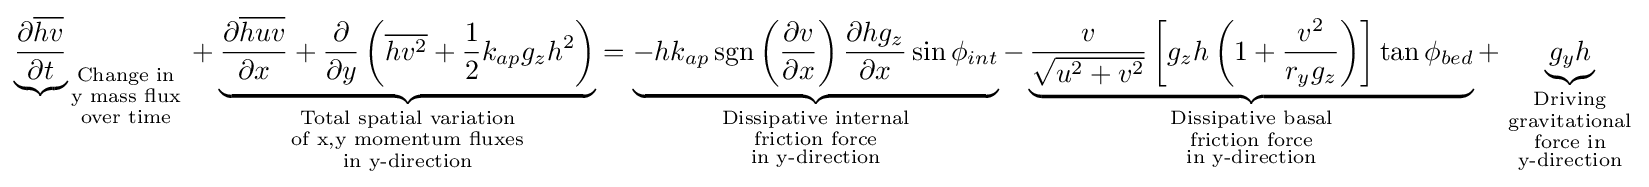
{\underbrace {\partial {\overline {hv}} \over \partial t} }_{\begin{smallmatrix}{\text{Change in}}\\{\text{y mass flux}}\\{\text{over time}}\end{smallmatrix}}+\underbrace {{\partial {\overline {huv}} \over \partial x}+{\partial  \over \partial y}\left({\overline {hv^{2}}}+{1 \over 2}{k_{ap}g_{z}h^{2}}\right)} _{\begin{smallmatrix}{\text{Total spatial variation}}\\{\text{of x,y momentum fluxes}}\\{\text{in y-direction}}\end{smallmatrix}}=\underbrace {-hk_{ap}\operatorname {sgn} \left({\partial v \over \partial x}\right){\partial hg_{z} \over \partial x}\sin \phi _{int}} _{\begin{smallmatrix}{\text{Dissipative internal}}\\{\text{friction force}}\\{\text{in y-direction}}\end{smallmatrix}}-\underbrace {{v \over {\sqrt {u^{2}+v^{2}}}}\left[g_{z}h\left(1+{v^{2} \over r_{y}g_{z}}\right)\right]\tan \phi _{bed}} _{\begin{smallmatrix}{\text{Dissipative basal}}\\{\text{friction force}}\\{\text{in y-direction}}\end{smallmatrix}}+\underbrace {g_{y}h} _{\begin{smallmatrix}{\text{Driving}}\\{\text{gravitational}}\\{\text{force in}}\\{\text{y-direction}}\end{smallmatrix}}